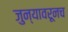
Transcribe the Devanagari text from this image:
जुन्यावरूनच